Subject: math
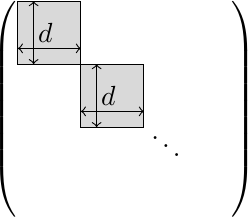
LaTeX code:
\begin{tikzpicture}
\def\psize{1.5cm}
\def\msize{1.35cm}
\def\w{.8cm} % block size
\foreach \b in {0,1}{
	\draw[fill=gray!30,xshift=-\msize+\b*\w,yshift=\msize-\b*\w] (0,0)--(\w,0)--(\w,-\w)--(0,-\w)--cycle;
	\draw[xshift=-\msize+\b*\w,yshift=\msize-\b*\w-.2cm, <->] (0,-.4)--(\w,-.4);
	\draw[xshift=-\msize+\b*\w,yshift=\msize-\b*\w, <->] (.2,-\w)--(.2,0);
	\node at (-\msize+\b*\w+.35cm,\msize-\b*\w-.4cm) {$d$};
}
\node at (.2,0) [below right] {$\ddots$};
\node at (-\psize,0) {$\left(\vphantom{\rule{\psize}{\psize}}\right.$};
\node at (\psize,0) {$\left.\vphantom{\rule{\psize}{\psize}}\right)$};
\end{tikzpicture}